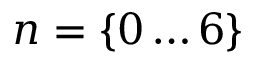
{ n = \{ 0 \dots 6 \} }